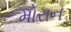
મોરાન